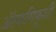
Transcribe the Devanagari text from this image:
ॲल्फगिफूशी